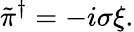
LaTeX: \tilde{\pi}^{\dagger}=-i\sigma\xi.